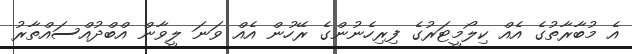
އެ މުބާރާތުގެ އެއް ކިލޯމީޓަރުގެ ފިރިހެނުންގެ ރޭހުން އެއް ވަނަ ލީވާން އްބްދުއްސައްތާރު